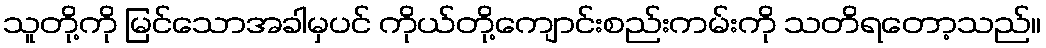
သူတို့ကို မြင်သောအခါမှပင် ကိုယ်တို့ကျောင်းစည်းကမ်းကို သတိရတော့သည်။